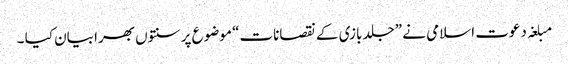
مبلغہ دعوت اسلامی نے ”جلد بازی کے نقصانات“ موضوع پر سنتوں بھرا بیان کیا ۔